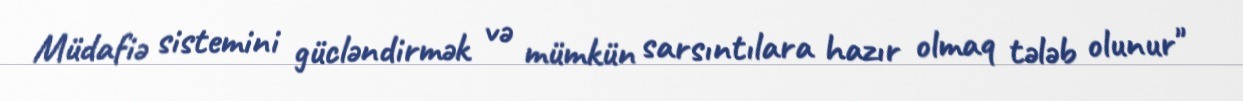
Müdafiə sistemini gücləndirmək və mümkün sarsıntılara hazır olmaq tələb olunur"